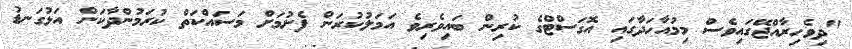
"ދިވެހިރާއްޖޭގައިވެސް މިމުއާހަދާގައި އޮގަސްޓްގެ ކުރިން ބައިވެރިވެ އަމަލުކުރަން ފެށުމަށް މަސައްކަތް ކުރަމުންދާކަން އަޅުގަނޑު